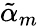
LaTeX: \tilde{\alpha}_{m}